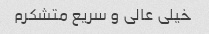
خیلی عالی و سریع متشکرم